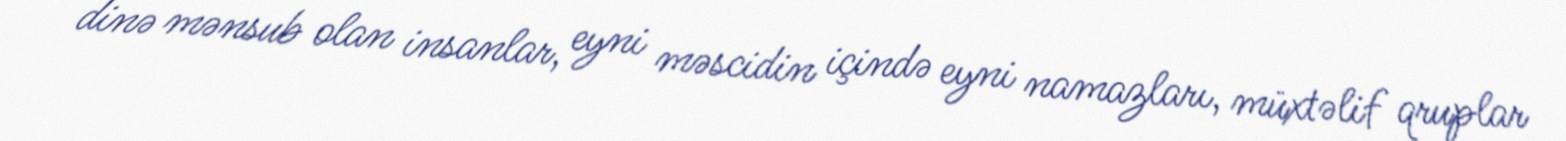
dinə mənsub olan insanlar, eyni məscidin içində eyni namazları, müxtəlif qruplar